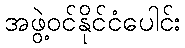
အဖွဲ့ဝင်နိုင်ငံပေါင်း